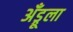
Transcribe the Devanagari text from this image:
अँड्रूला